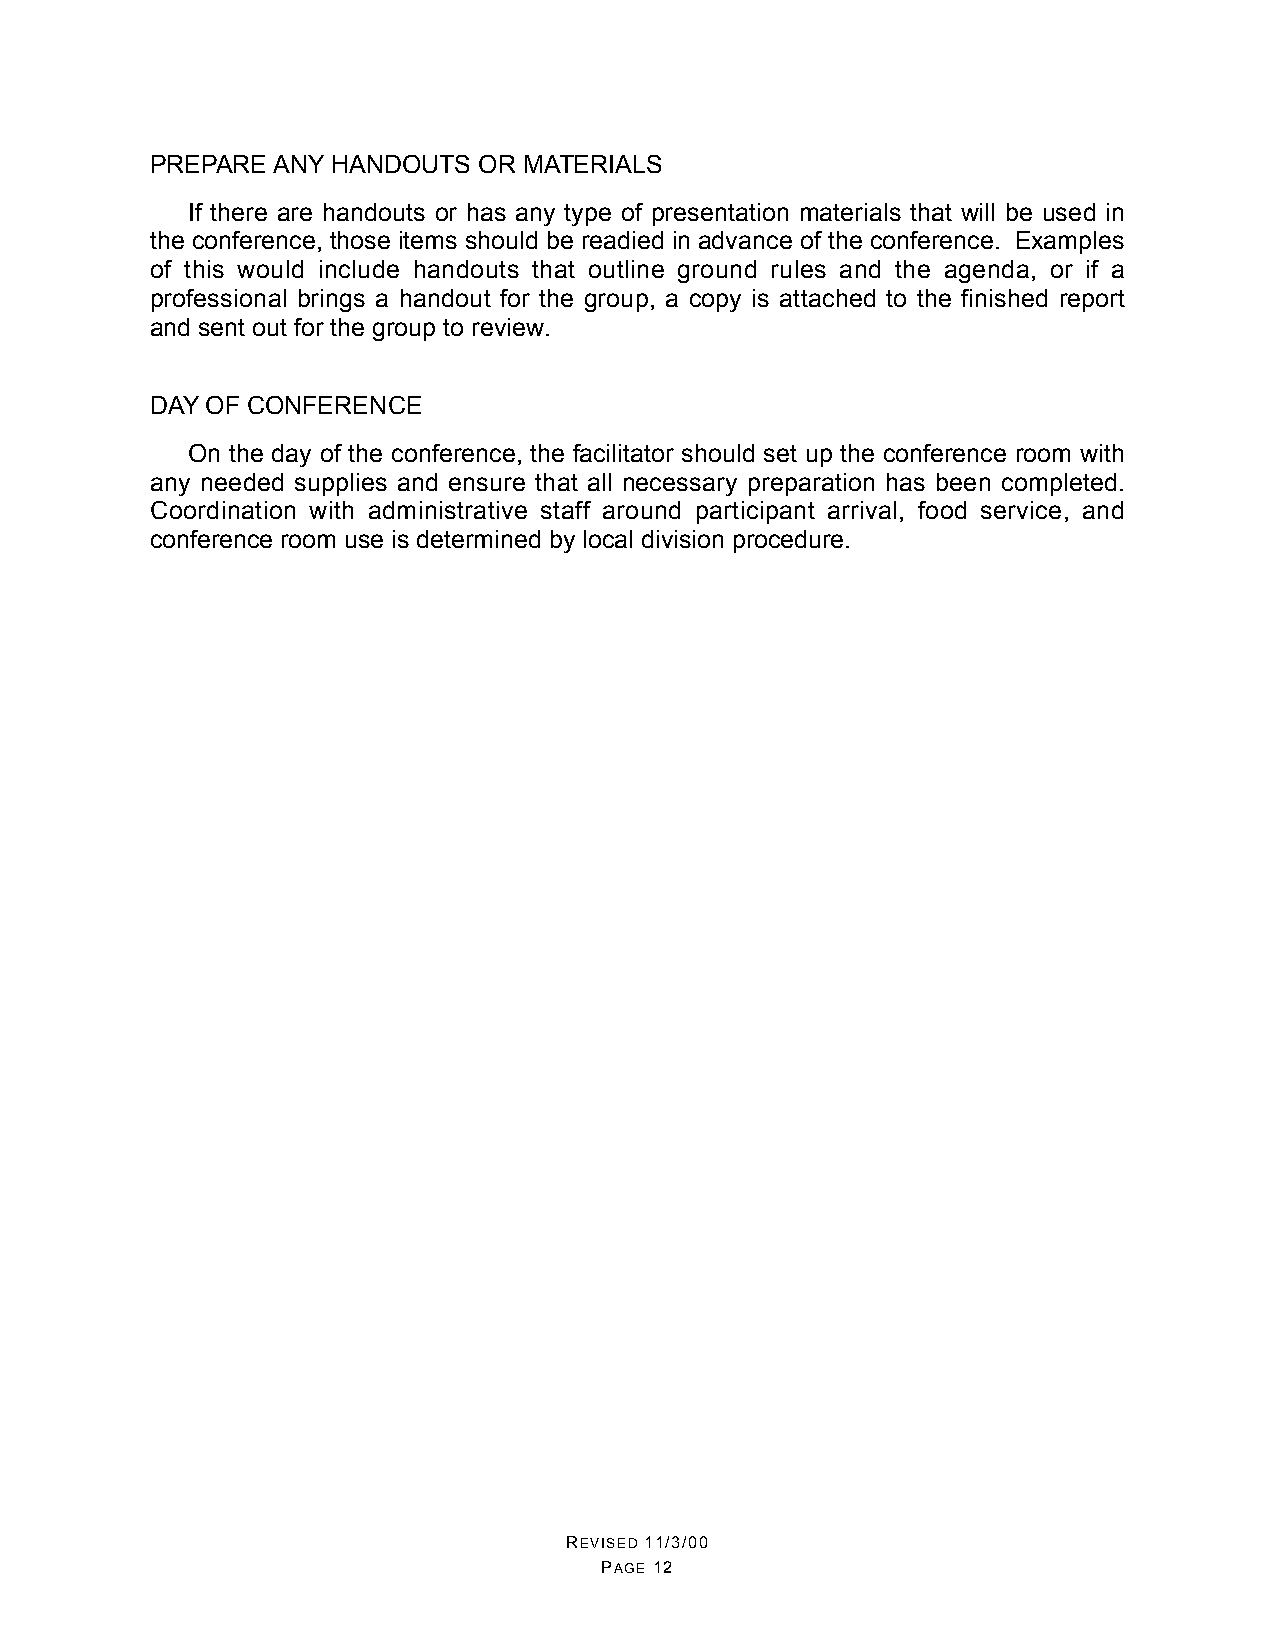
PREPARE ANY HANDOUTS  OR MATERIALS
 If there are handouts or has any type of presentation materials that will be used in
 the conference, those items should be readied in advance of the conference. Examples
 of this would include handouts that outline ground rules and the agenda, or if a
 professional brings a handout for the group, a copy is attached to the finished report
 and sent out for the group to review.
 DAY OF CONFERENCE
 On the day of the conference, the facilitator should set up the conference room with
 any needed supplies and ensure that all necessary preparation has been completed.
 Coordination with administrative staff around participant arrival, food service, and
 conference room use is determined by local division procedure.
 REVISED 11/3/00
 PAGE 12